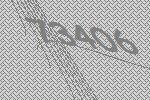
73406